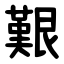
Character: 艱